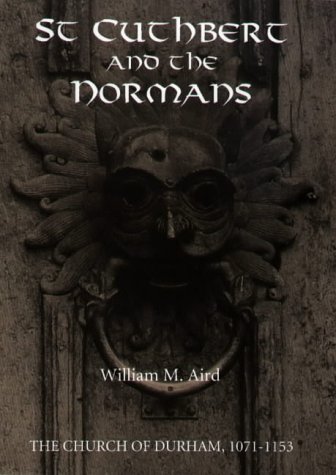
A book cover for St Cuthbert and the Normans: The Church of Durham, 1071-1153 (Studies in the History of Medieval Religion); William M. Aird; Christian Books & Bibles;